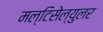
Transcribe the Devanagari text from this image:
मल्टिसेल्युलर